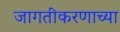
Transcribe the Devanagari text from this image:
जागतीकरणाच्या